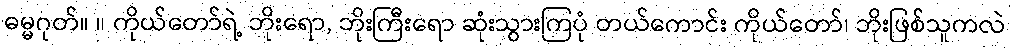
ဓမ္မဂုတ်။ ။ ကိုယ်တော်ရဲ့ ဘိုးရော, ဘိုးကြီးရော ဆုံးသွားကြပုံ တယ်ကောင်း ကိုယ်တော်၊ ဘိုးဖြစ်သူကလဲ